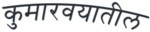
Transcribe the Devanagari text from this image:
कुमारवयातील